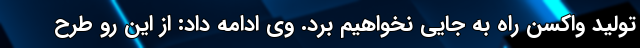
تولید واکسن راه به جایی نخواهیم برد. وی ادامه داد: از این رو طرح